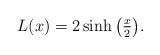
LaTeX: \begin{align*}L(x)=2 \sinh{\left(\tfrac{x}{2}\right)} .\end{align*}